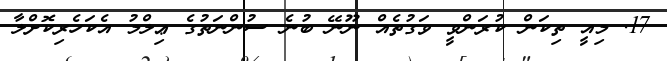
17. މިއީ ތިކަން ކުރަންވީ ވަގުތެއް ނޫނޭ ބުނެ ސުންނަތުގެ ޢިލްމު އެކަހެރިކޮށްލާ